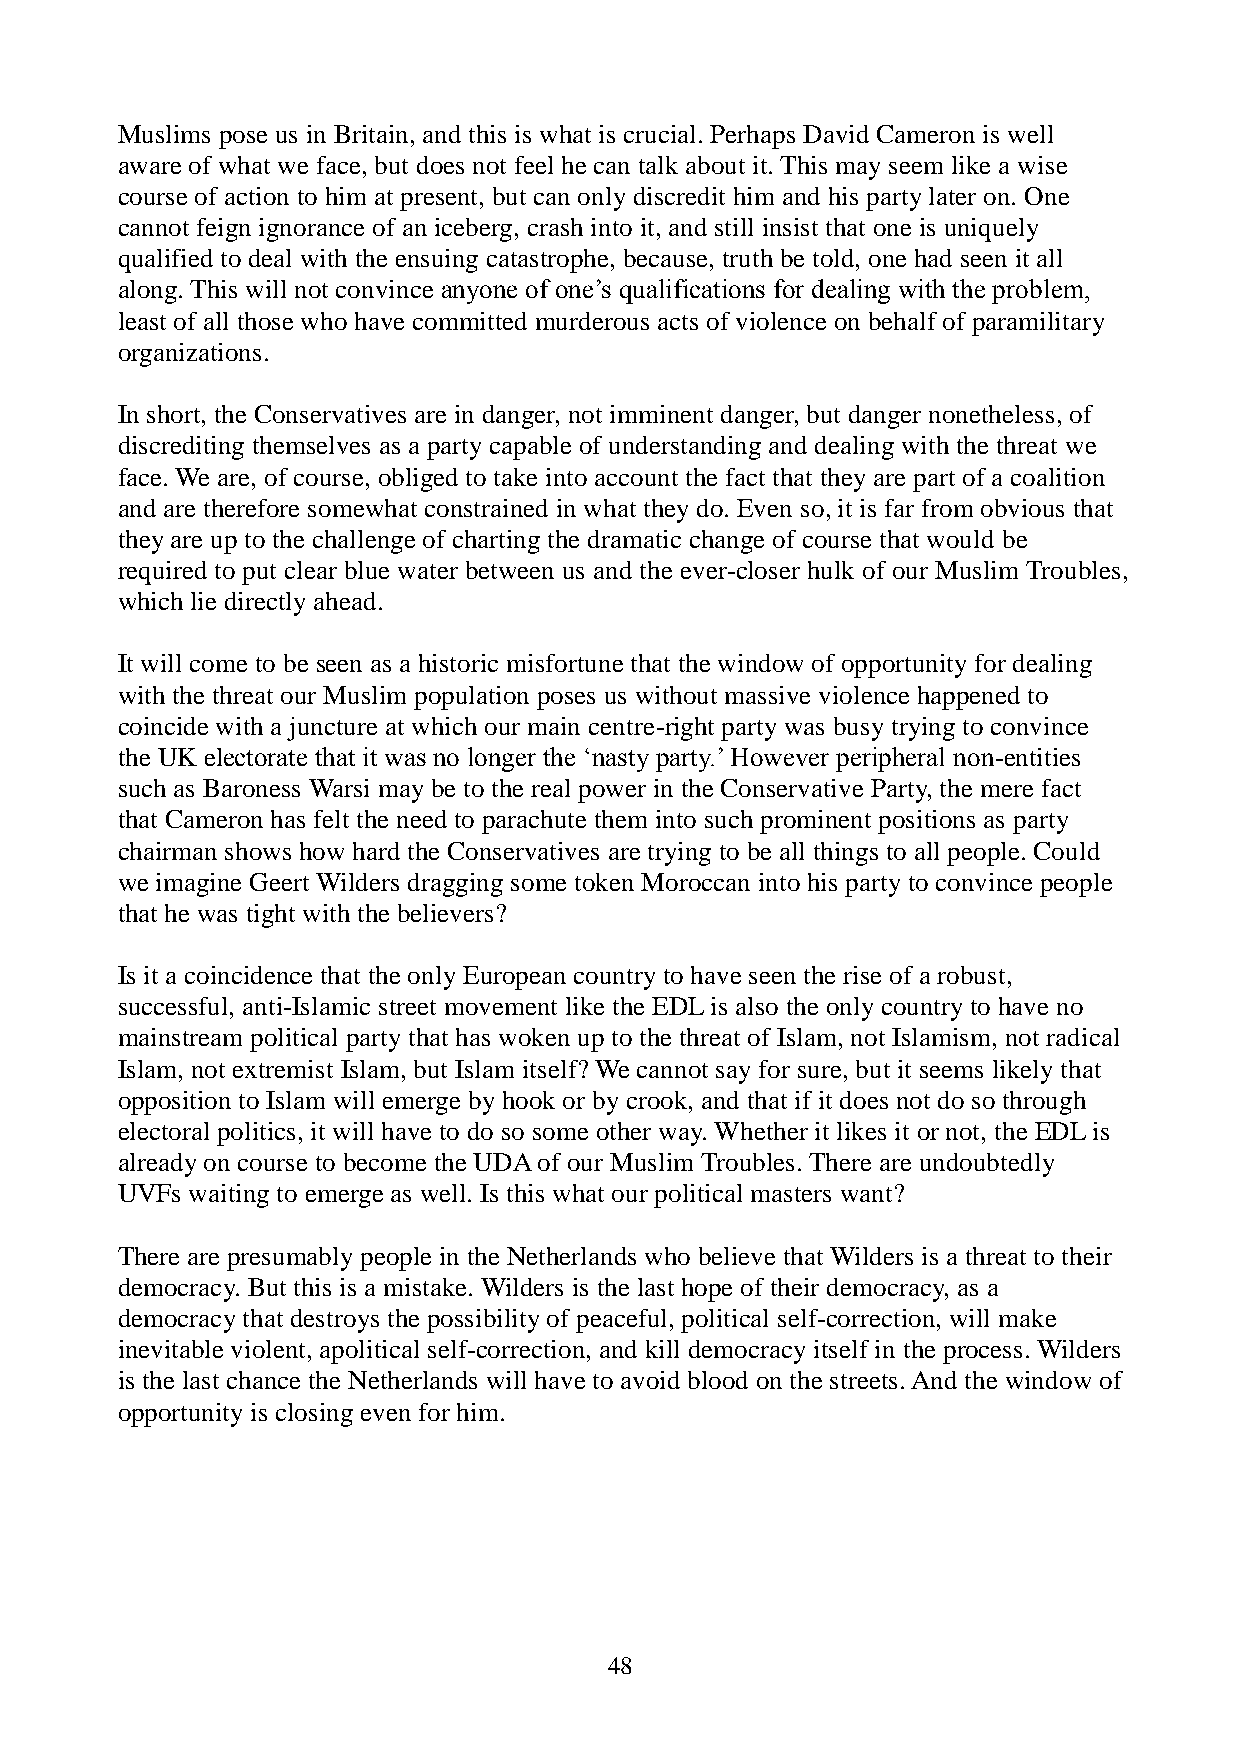
Muslims pose us in Britain, and this is what is crucial. Perhaps David Cameron is well
 aware of what we face, but does not feel he can talk about it. This may seem like a wise
 course of action to him at present, but can only discredit him and his party later on. One
 cannot feign ignorance of an iceberg, crash into it, and still insist that one is uniquely
 qualified to deal with the ensuing catastrophe, because, truth be told, one had seen it all
 along. This will not convince anyone of one’s qualifications for dealing with the problem,
 least of all those who have committed murderous acts of violence on behalf of paramilitary
 organizations.
 In short, the Conservatives are in danger, not imminent danger, but danger nonetheless, of
 discrediting themselves as a party capable of understanding and dealing with the threat we
 face. We are, of course, obliged to take into account the fact that they are part of a coalition
 and are therefore somewhat constrained in what they do. Even so, it is far from obvious that
 they are up to the challenge of charting the dramatic change of course that would be
 required to put clear blue water between us and the ever-closer hulk of our Muslim Troubles,
 which lie directly ahead.
 It will come to be seen as a historic misfortune that the window of opportunity for dealing
 with the threat our Muslim population poses us without massive violence happened to
 coincide with a juncture at which our main centre-right party was busy trying to convince
 the UK electorate that it was no longer the ‘nasty party.’ However peripheral non-entities
 such as Baroness Warsi may be to the real power in the Conservative Party, the mere fact
 that Cameron has felt the need to parachute them into such prominent positions as party
 chairman shows how hard the Conservatives are trying to be all things to all people. Could
 we imagine Geert Wilders dragging some token Moroccan into his party to convince people
 that he was tight with the believers?
 Is it a coincidence that the only European country to have seen the rise of a robust,
 successful, anti-Islamic street movement like the EDL is also the only country to have no
 mainstream political party that has woken up to the threat of Islam, not Islamism, not radical
 Islam, not extremist Islam, but Islam itself? We cannot say for sure, but it seems likely that
 opposition to Islam will emerge by hook or by crook, and that if it does not do so through
 electoral politics, it will have to do so some other way. Whether it likes it or not, the EDL is
 already on course to become the UDA of our Muslim Troubles. There are undoubtedly
 UVFs waiting to emerge as well. Is this what our political masters want?
 There are presumably people in the Netherlands who believe that Wilders is a threat to their
 democracy. But this is a mistake. Wilders is the last hope of their democracy, as a
 democracy that destroys the possibility of peaceful, political self-correction, will make
 inevitable violent, apolitical self-correction, and kill democracy itself in the process. Wilders
 is the last chance the Netherlands will have to avoid blood on the streets. And the window of
 opportunity is closing even for him.
 48